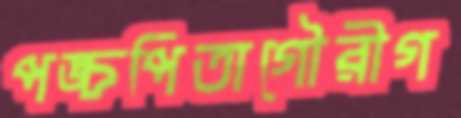
পঙ্চপিতাগৌরীগ